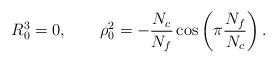
\begin{align*}R^3_0=0, \qquad \rho^2_0 =-\frac{N_c}{N_f}\cos\left(\pi\frac{N_f}{N_c}\right).\end{align*}